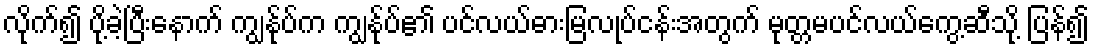
လိုက်၍ ပို့ခဲ့ပြီးနောက် ကျွန်ုပ်က ကျွန်ုပ်၏ ပင်လယ်ဓားမြလုပ်ငန်းအတွက် မုတ္တမပင်လယ်ကွေ့ဆီသို့ ပြန်၍